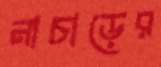
নাচাড়ের